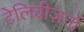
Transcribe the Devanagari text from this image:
टेलिवीज़नों